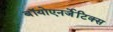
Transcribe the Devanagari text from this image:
बॉयोएनर्जेटिक्स